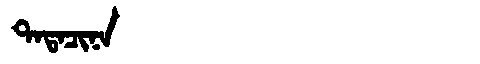
Manchu: ᡨᠠᡨᠠᠴᡳᠨᠠ
Romanization: TATACINA